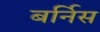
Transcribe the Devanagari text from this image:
बर्निस